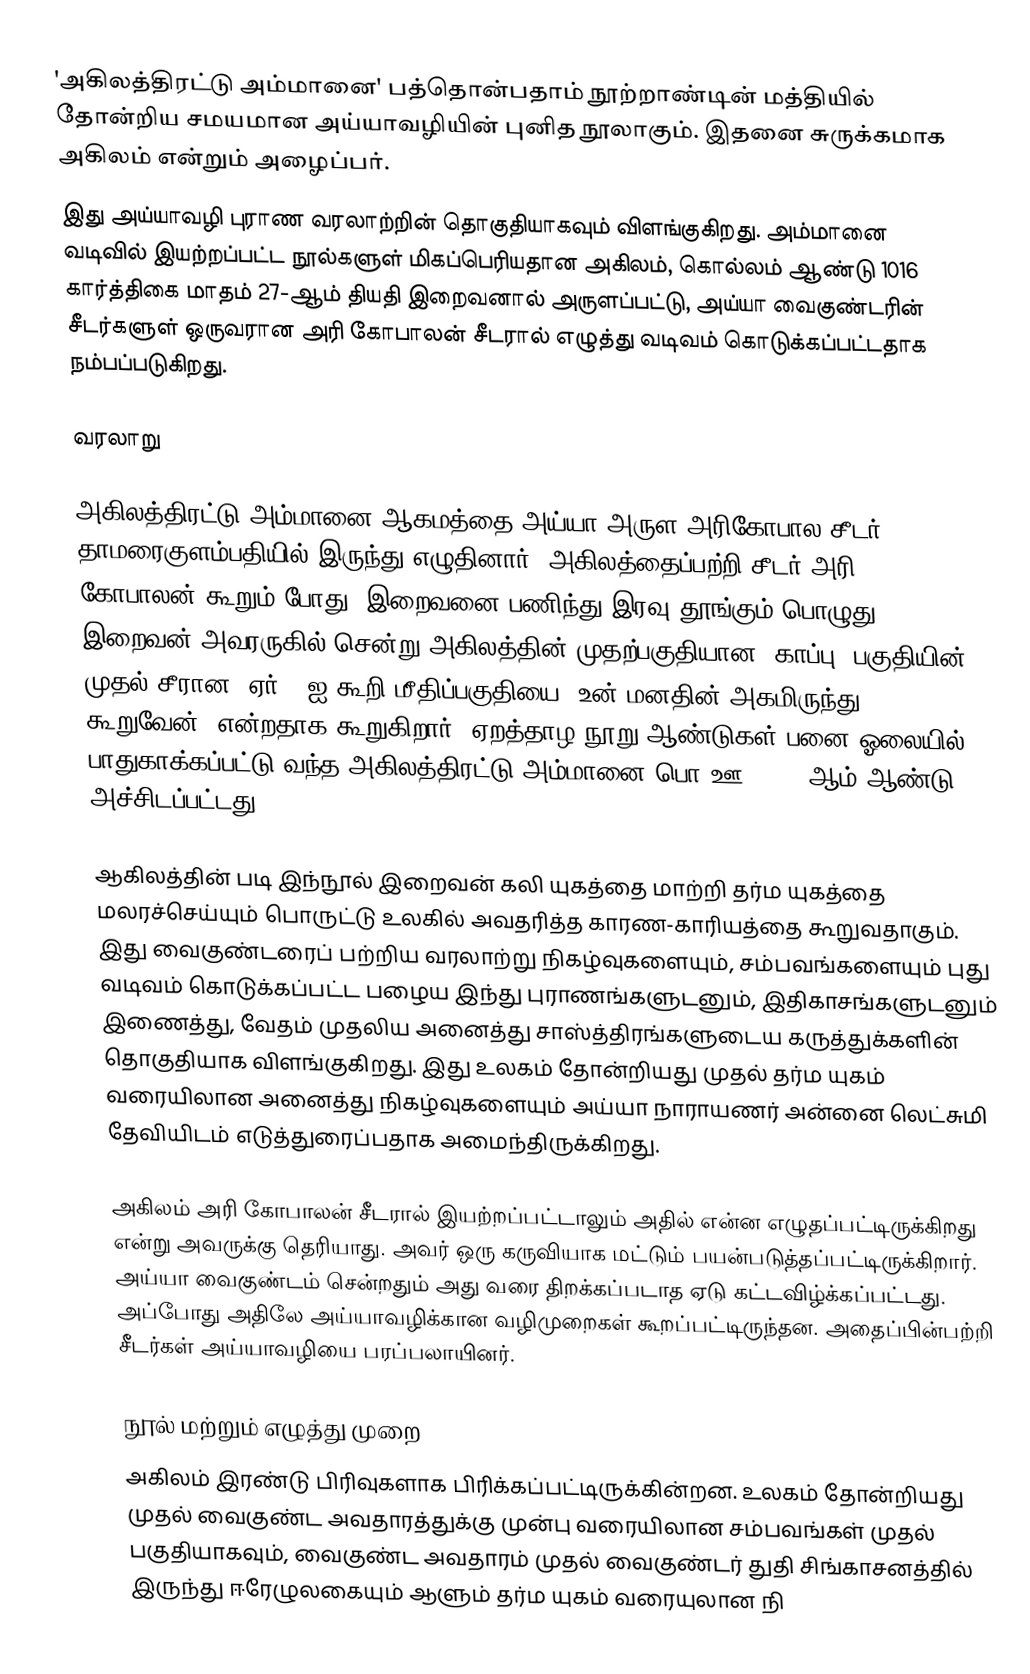
'அகிலத்திரட்டு அம்மானை' பத்தொன்பதாம் நூற்றாண்டின் மத்தியில் தோன்றிய சமயமான அய்யாவழியின் புனித நூலாகும். இதனை சுருக்கமாக அகிலம் என்றும் அழைப்பர்.
இது அய்யாவழி புராண வரலாற்றின் தொகுதியாகவும் விளங்குகிறது. அம்மானை வடிவில் இயற்றப்பட்ட நூல்களுள் மிகப்பெரியதான அகிலம், கொல்லம் ஆண்டு 1016 கார்த்திகை மாதம் 27-ஆம் தியதி இறைவனால் அருளப்பட்டு, அய்யா வைகுண்டரின் சீடர்களுள் ஒருவரான அரி கோபாலன் சீடரால் எழுத்து வடிவம் கொடுக்கப்பட்டதாக நம்பப்படுகிறது.

வரலாறு

அகிலத்திரட்டு அம்மானை ஆகமத்தை அய்யா அருள அரிகோபால சீடர் தாமரைகுளம்பதியில் இருந்து எழுதினார். அகிலத்தைப்பற்றி சீடர் அரி கோபாலன் கூறும் போது, இறைவனை பணிந்து இரவு தூங்கும் பொழுது இறைவன் அவரருகில் சென்று அகிலத்தின் முதற்பகுதியான 'காப்பு' பகுதியின் முதல் சீரான 'ஏர்' -ஐ கூறி மீதிப்பகுதியை 'உன் மனதின் அகமிருந்து கூறுவேன்' என்றதாக கூறுகிறார். ஏறத்தாழ நூறு ஆண்டுகள் பனை ஓலையில் பாதுகாக்கப்பட்டு வந்த அகிலத்திரட்டு அம்மானை பொ.ஊ. 1939-ஆம் ஆண்டு அச்சிடப்பட்டது.

ஆகிலத்தின் படி இந்நூல் இறைவன் கலி யுகத்தை மாற்றி தர்ம யுகத்தை மலரச்செய்யும் பொருட்டு உலகில் அவதரித்த காரண-காரியத்தை கூறுவதாகும். இது வைகுண்டரைப் பற்றிய வரலாற்று நிகழ்வுகளையும், சம்பவங்களையும் புது வடிவம் கொடுக்கப்பட்ட பழைய இந்து புராணங்களுடனும், இதிகாசங்களுடனும் இணைத்து, வேதம் முதலிய அனைத்து சாஸ்த்திரங்களுடைய கருத்துக்களின் தொகுதியாக விளங்குகிறது. இது உலகம் தோன்றியது முதல் தர்ம யுகம் வரையிலான அனைத்து நிகழ்வுகளையும் அய்யா நாராயணர் அன்னை லெட்சுமி தேவியிடம் எடுத்துரைப்பதாக அமைந்திருக்கிறது.

அகிலம் அரி கோபாலன் சீடரால் இயற்றப்பட்டாலும் அதில் என்ன எழுதப்பட்டிருக்கிறது என்று அவருக்கு தெரியாது. அவர் ஒரு கருவியாக மட்டும் பயன்படுத்தப்பட்டிருக்கிறார். அய்யா வைகுண்டம் சென்றதும் அது வரை திறக்கப்படாத ஏடு கட்டவிழ்க்கப்பட்டது. அப்போது அதிலே அய்யாவழிக்கான வழிமுறைகள் கூறப்பட்டிருந்தன. அதைப்பின்பற்றி சீடர்கள் அய்யாவழியை பரப்பலாயினர்.

நூல் மற்றும் எழுத்து முறை
அகிலம் இரண்டு பிரிவுகளாக பிரிக்கப்பட்டிருக்கின்றன. உலகம் தோன்றியது முதல் வைகுண்ட அவதாரத்துக்கு முன்பு வரையிலான சம்பவங்கள் முதல் பகுதியாகவும், வைகுண்ட அவதாரம் முதல் வைகுண்டர் துதி சிங்காசனத்தில் இருந்து ஈரேழுலகையும் ஆளும் தர்ம யுகம் வரையுலான நி